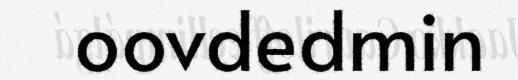
oovdedmin